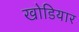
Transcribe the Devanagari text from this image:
खोडियार